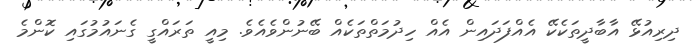
ދިރިއުޅޭ އާބާދީތަކެކޭ އެއްފަދައިން އެއް ހިދުމަތްތަކެއް ބޭނުންވެއެވެ. މިއީ ތަރައްގީ ގެނައުމުގައި ކޮންމެ